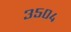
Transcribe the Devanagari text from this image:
३५०४